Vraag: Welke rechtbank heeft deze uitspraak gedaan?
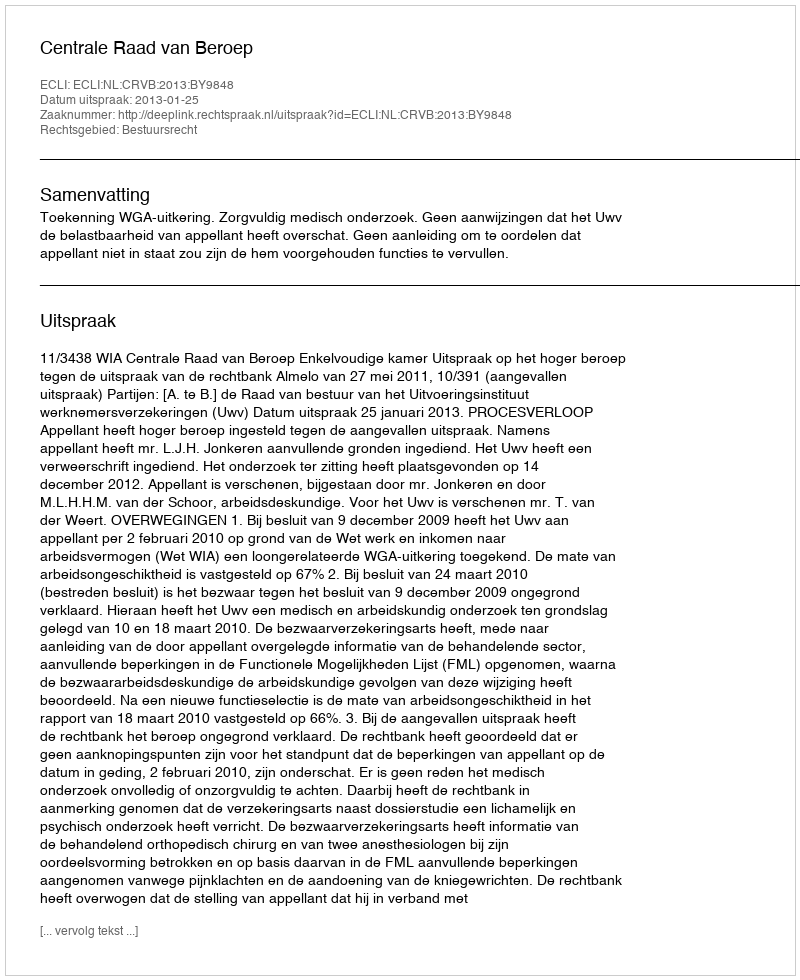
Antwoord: Centrale Raad van Beroep